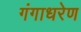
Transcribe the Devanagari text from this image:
गंगाधरेण